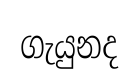
ගැයුනද